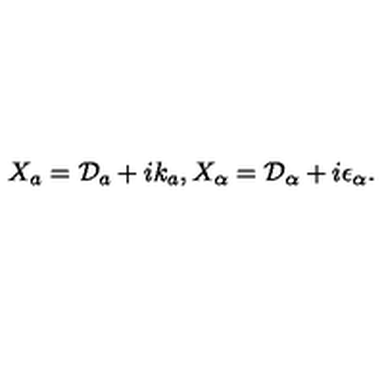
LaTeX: X _ { a } = { \cal D } _ { a } + i k _ { a } , X _ { \alpha } = { \cal D } _ { \alpha } + i \epsilon _ { \alpha } .